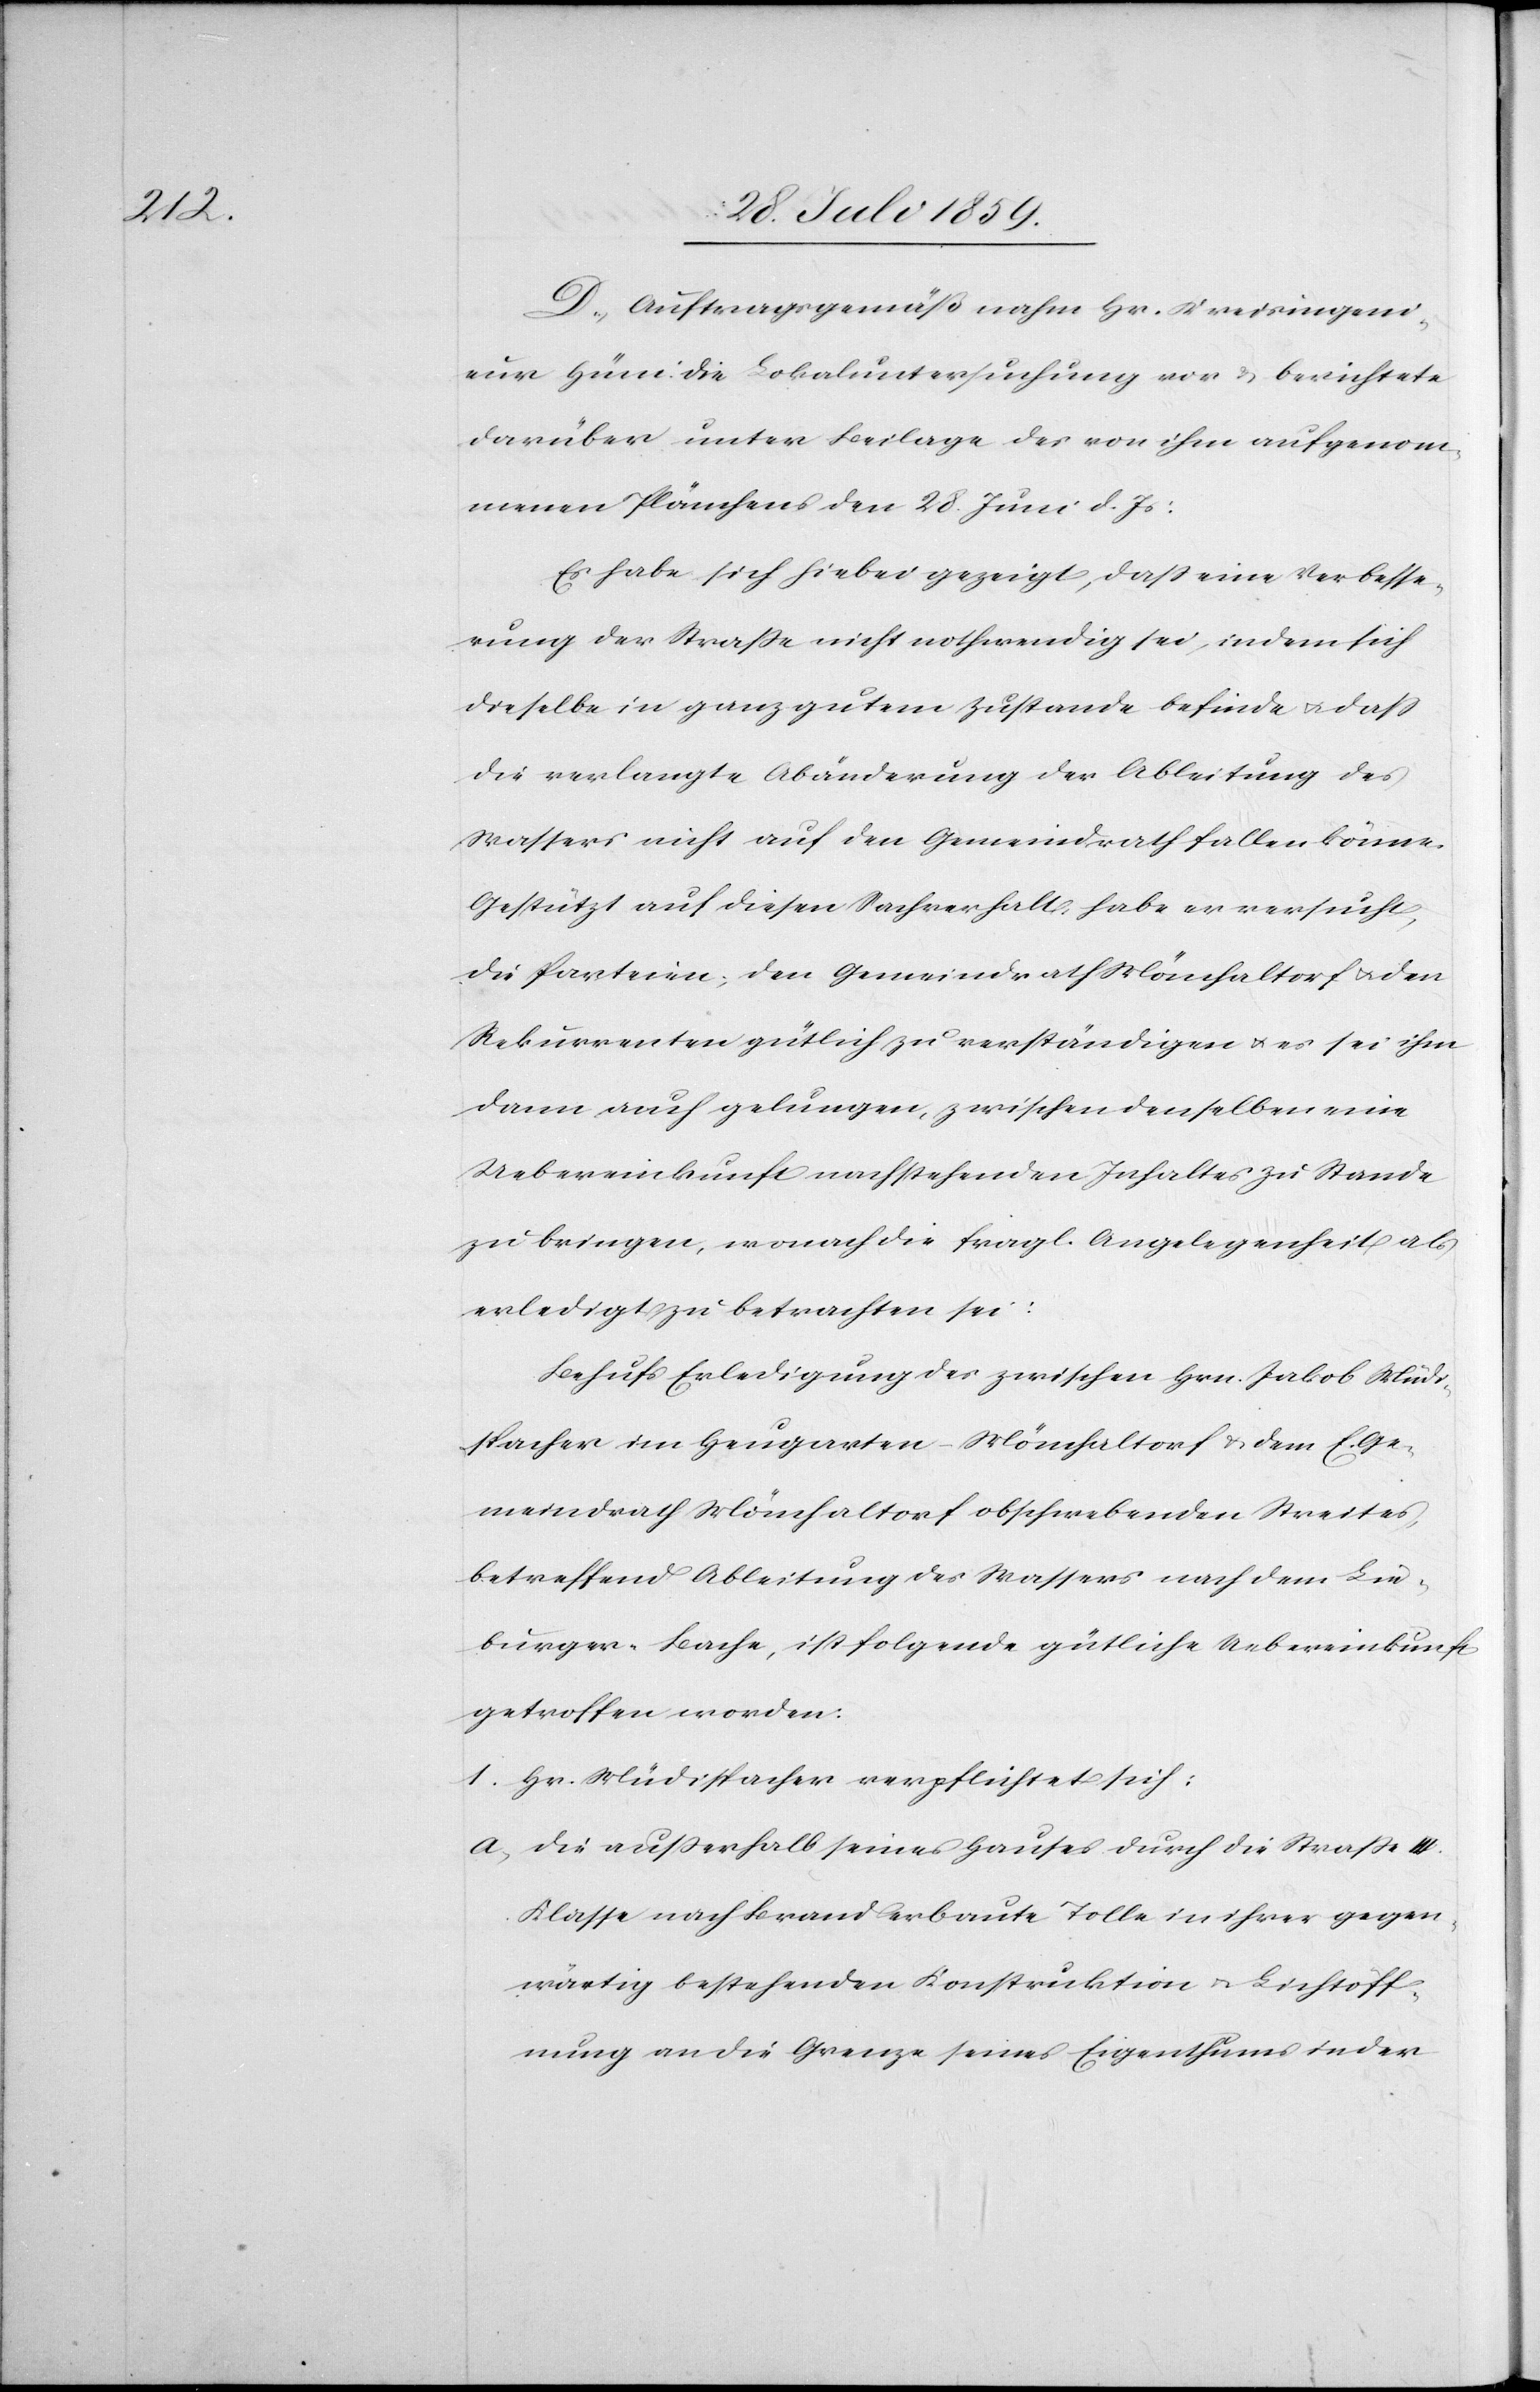
D. Auftragsgemäß nahm Hr. Kreisingeni¬
eur Hüni die Lokaluntersuchung vor u. berichtete
darüber unter Beilage des von ihm aufgenom¬
menen Plänchens den 28. Juni d. Js:
Es habe sich hiebei gezeigt, daß eine Verbesse¬
rung der Straße nicht nothwendig sei, indem sich
dieselbe in ganz gutem Zustande befinde u. daß
die verlangte Abänderung der Ableitung des
Wassers nicht auf den Gemeindrath fallen könne.
Gestützt auf diesen Sachverhalt, habe er versucht,
die Parteien, den Gemeindrath Mönchaltorf u. den
Rekurrenten gütlich zu verständigen u. es sei ihm
dann auch gelungen, zwischen denselben eine
Uebereinkunft nachstehenden Inhaltes zu Stande
zu bringen, wonach die fragl. Angelegenheit als
erledigt zu betrachten sei:
Behufs Erledigung des zwischen Hrn. Jakob Müdi¬
spacher im Heugarten-Mönchaltorf u. dem E. Ge¬
meindrath Mönchaltorf obschwebenden Streites
betreffend Ableitung des Wassers nach dem Lie¬
burger-Bache, ist folgende gütliche Uebereinkunft
getroffen worden.
1. Hr. Müdispacher verpflichtet sich:
a. Die außerhalb seines Hauses durch die Straße III.
Klasse nach Brand erbaute Tolle in ihrer gegen¬
wärtig bestehenden Konstruktion u. Lichtöff¬
nung an die Grenze seines Eigenthums in der